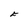
Character: F